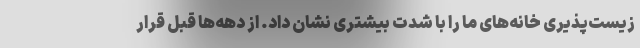
زیست‌پذیری خانه‌های ما را با شدت بیشتری نشان داد. از دهه‌ها قبل قرار